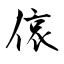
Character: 偯